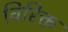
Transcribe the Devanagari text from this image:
विरिक्त